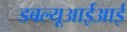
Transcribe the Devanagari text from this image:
डबल्यूआईआई